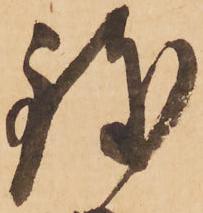
致